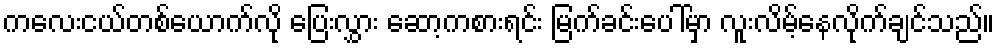
ကလေးငယ်တစ်ယောက်လို ပြေးလွှား ဆော့ကစားရင်း မြက်ခင်းပေါ်မှာ လူးလိမ့်နေလိုက်ချင်သည်။